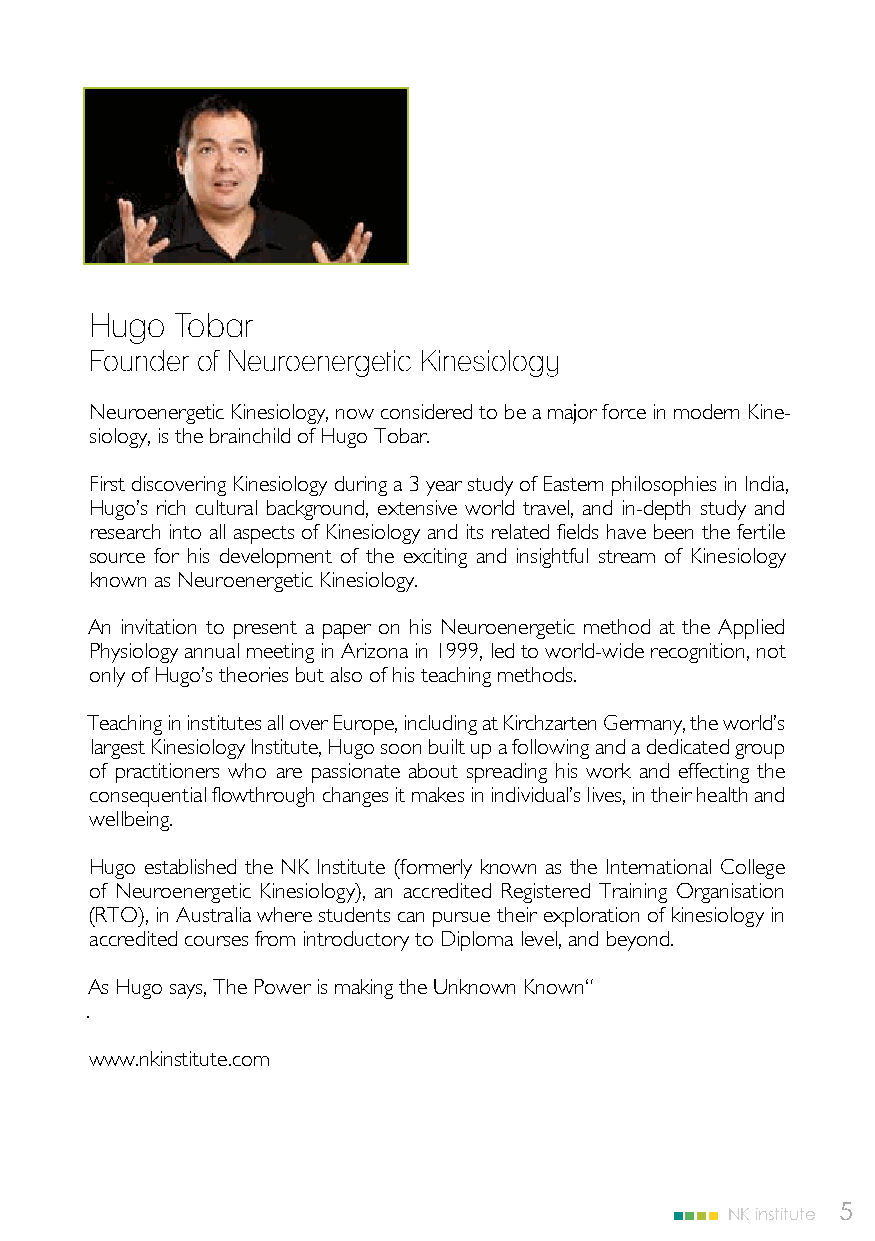
Hugo  Tobar
 Founder of Neuroenergetic Kinesiology
 Neuroenergetic Kinesiology, now considered to be a major force in modern Kine-
 siology, is the brainchild of Hugo Tobar.
 First discovering Kinesiology during a 3 year study of Eastern philosophies in India,
 Hugo’s rich cultural background, extensive world travel, and in-depth study and
 research into all aspects of Kinesiology and its related fields have been the fertile
 source for his development of the exciting and insightful stream of Kinesiology
 known as Neuroenergetic Kinesiology.
 An invitation to present a paper on his Neuroenergetic method at the Applied
 Physiology annual meeting in Arizona in 1999, led to world-wide recognition, not
 only of Hugo’s theories but also of his teaching methods.
 Teaching in institutes all over Europe, including at Kirchzarten Germany, the world’s
 largest Kinesiology Institute, Hugo soon built up a following and a dedicated group
 of practitioners who are passionate about spreading his work and effecting the
 consequential flowthrough changes it makes in individual’s lives, in their health and
 wellbeing.
 Hugo established the NK Institute (formerly known as the International College
 of Neuroenergetic Kinesiology), an accredited Registered Training Organisation
 (RTO), in Australia where students can pursue their exploration of kinesiology in
 accredited courses from introductory to Diploma level, and beyond.
 As Hugo says, The Power is making the Unknown Known“
 .
 www.nkinstitute.com
 NK institute 5